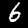
Digit: 6